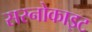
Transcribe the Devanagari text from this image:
सरनोकाइट